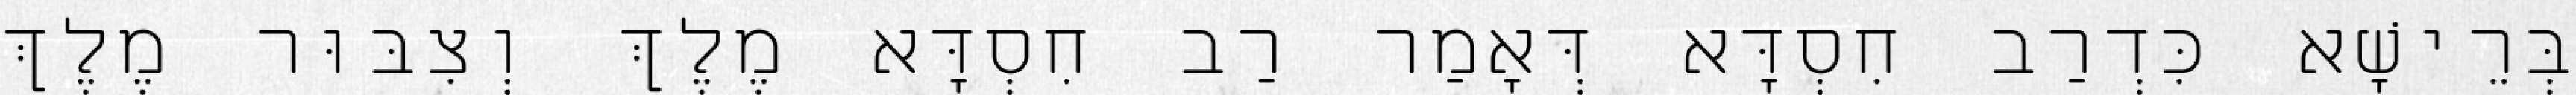
בְּרֵישָׁא כִּדְרַב חִסְדָּא דְּאָמַר רַב חִסְדָּא מֶלֶךְ וְצִבּוּר מֶלֶךְ